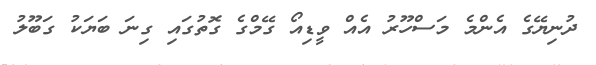
ދުނިޔޭގެ އެންމެ މަސްހޫރު އެއް ވީޑިއޯ ގޭމްގެ ގޮތުގައި ގިނަ ބަޔަކު ގަބޫލު